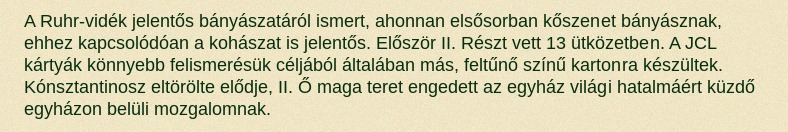
A Ruhr-vidék jelentős bányászatáról ismert, ahonnan elsősorban kőszenet bányásznak, ehhez kapcsolódóan a kohászat is jelentős. Először II. Részt vett 13 ütközetben. A JCL kártyák könnyebb felismerésük céljából általában más, feltűnő színű kartonra készültek. Kónsztantinosz eltörölte elődje, II. Ő maga teret engedett az egyház világi hatalmáért küzdő egyházon belüli mozgalomnak.